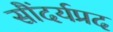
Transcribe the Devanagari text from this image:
सौंदर्यप्रद